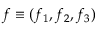
\boldsymbol { f } \equiv ( f _ { 1 } , f _ { 2 } , f _ { 3 } )